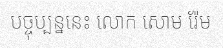
បច្ចុប្បន្ននេះ លោក សោម រ៉ែម